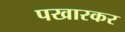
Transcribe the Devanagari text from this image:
पखारकर